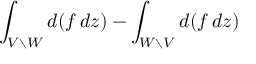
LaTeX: \int _ { V \smallsetminus W } d ( f \, d z ) - \int _ { W \smallsetminus V } d ( f \, d z )